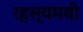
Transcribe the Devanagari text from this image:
रहस्‍यमयी